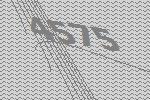
4575